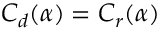
C _ { d } ( \alpha ) = C _ { r } ( \alpha )